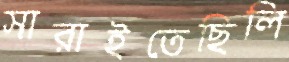
সারাইতেছিলি